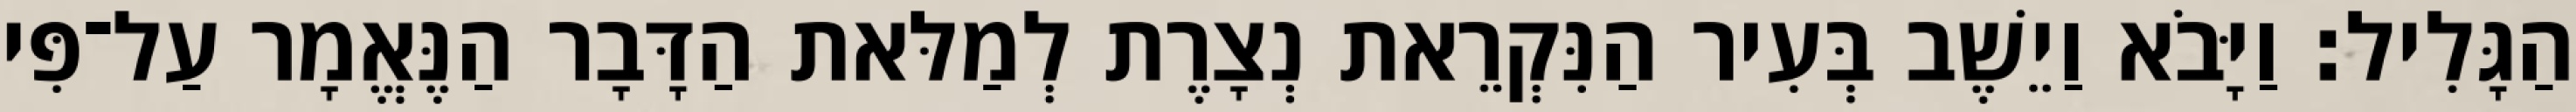
הַגָּלִיל׃ וַיָּבֹא וַיֵשֶׁב בְּעִיר הַנִּקְרֵאת נְצָרֶת לְמַלּאת הַדָּבָר הַנֶּאֱמָר עַל־פִּי